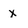
Character: x